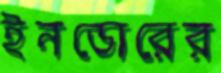
ইনডোরের